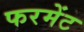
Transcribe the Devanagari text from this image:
फरमेंट